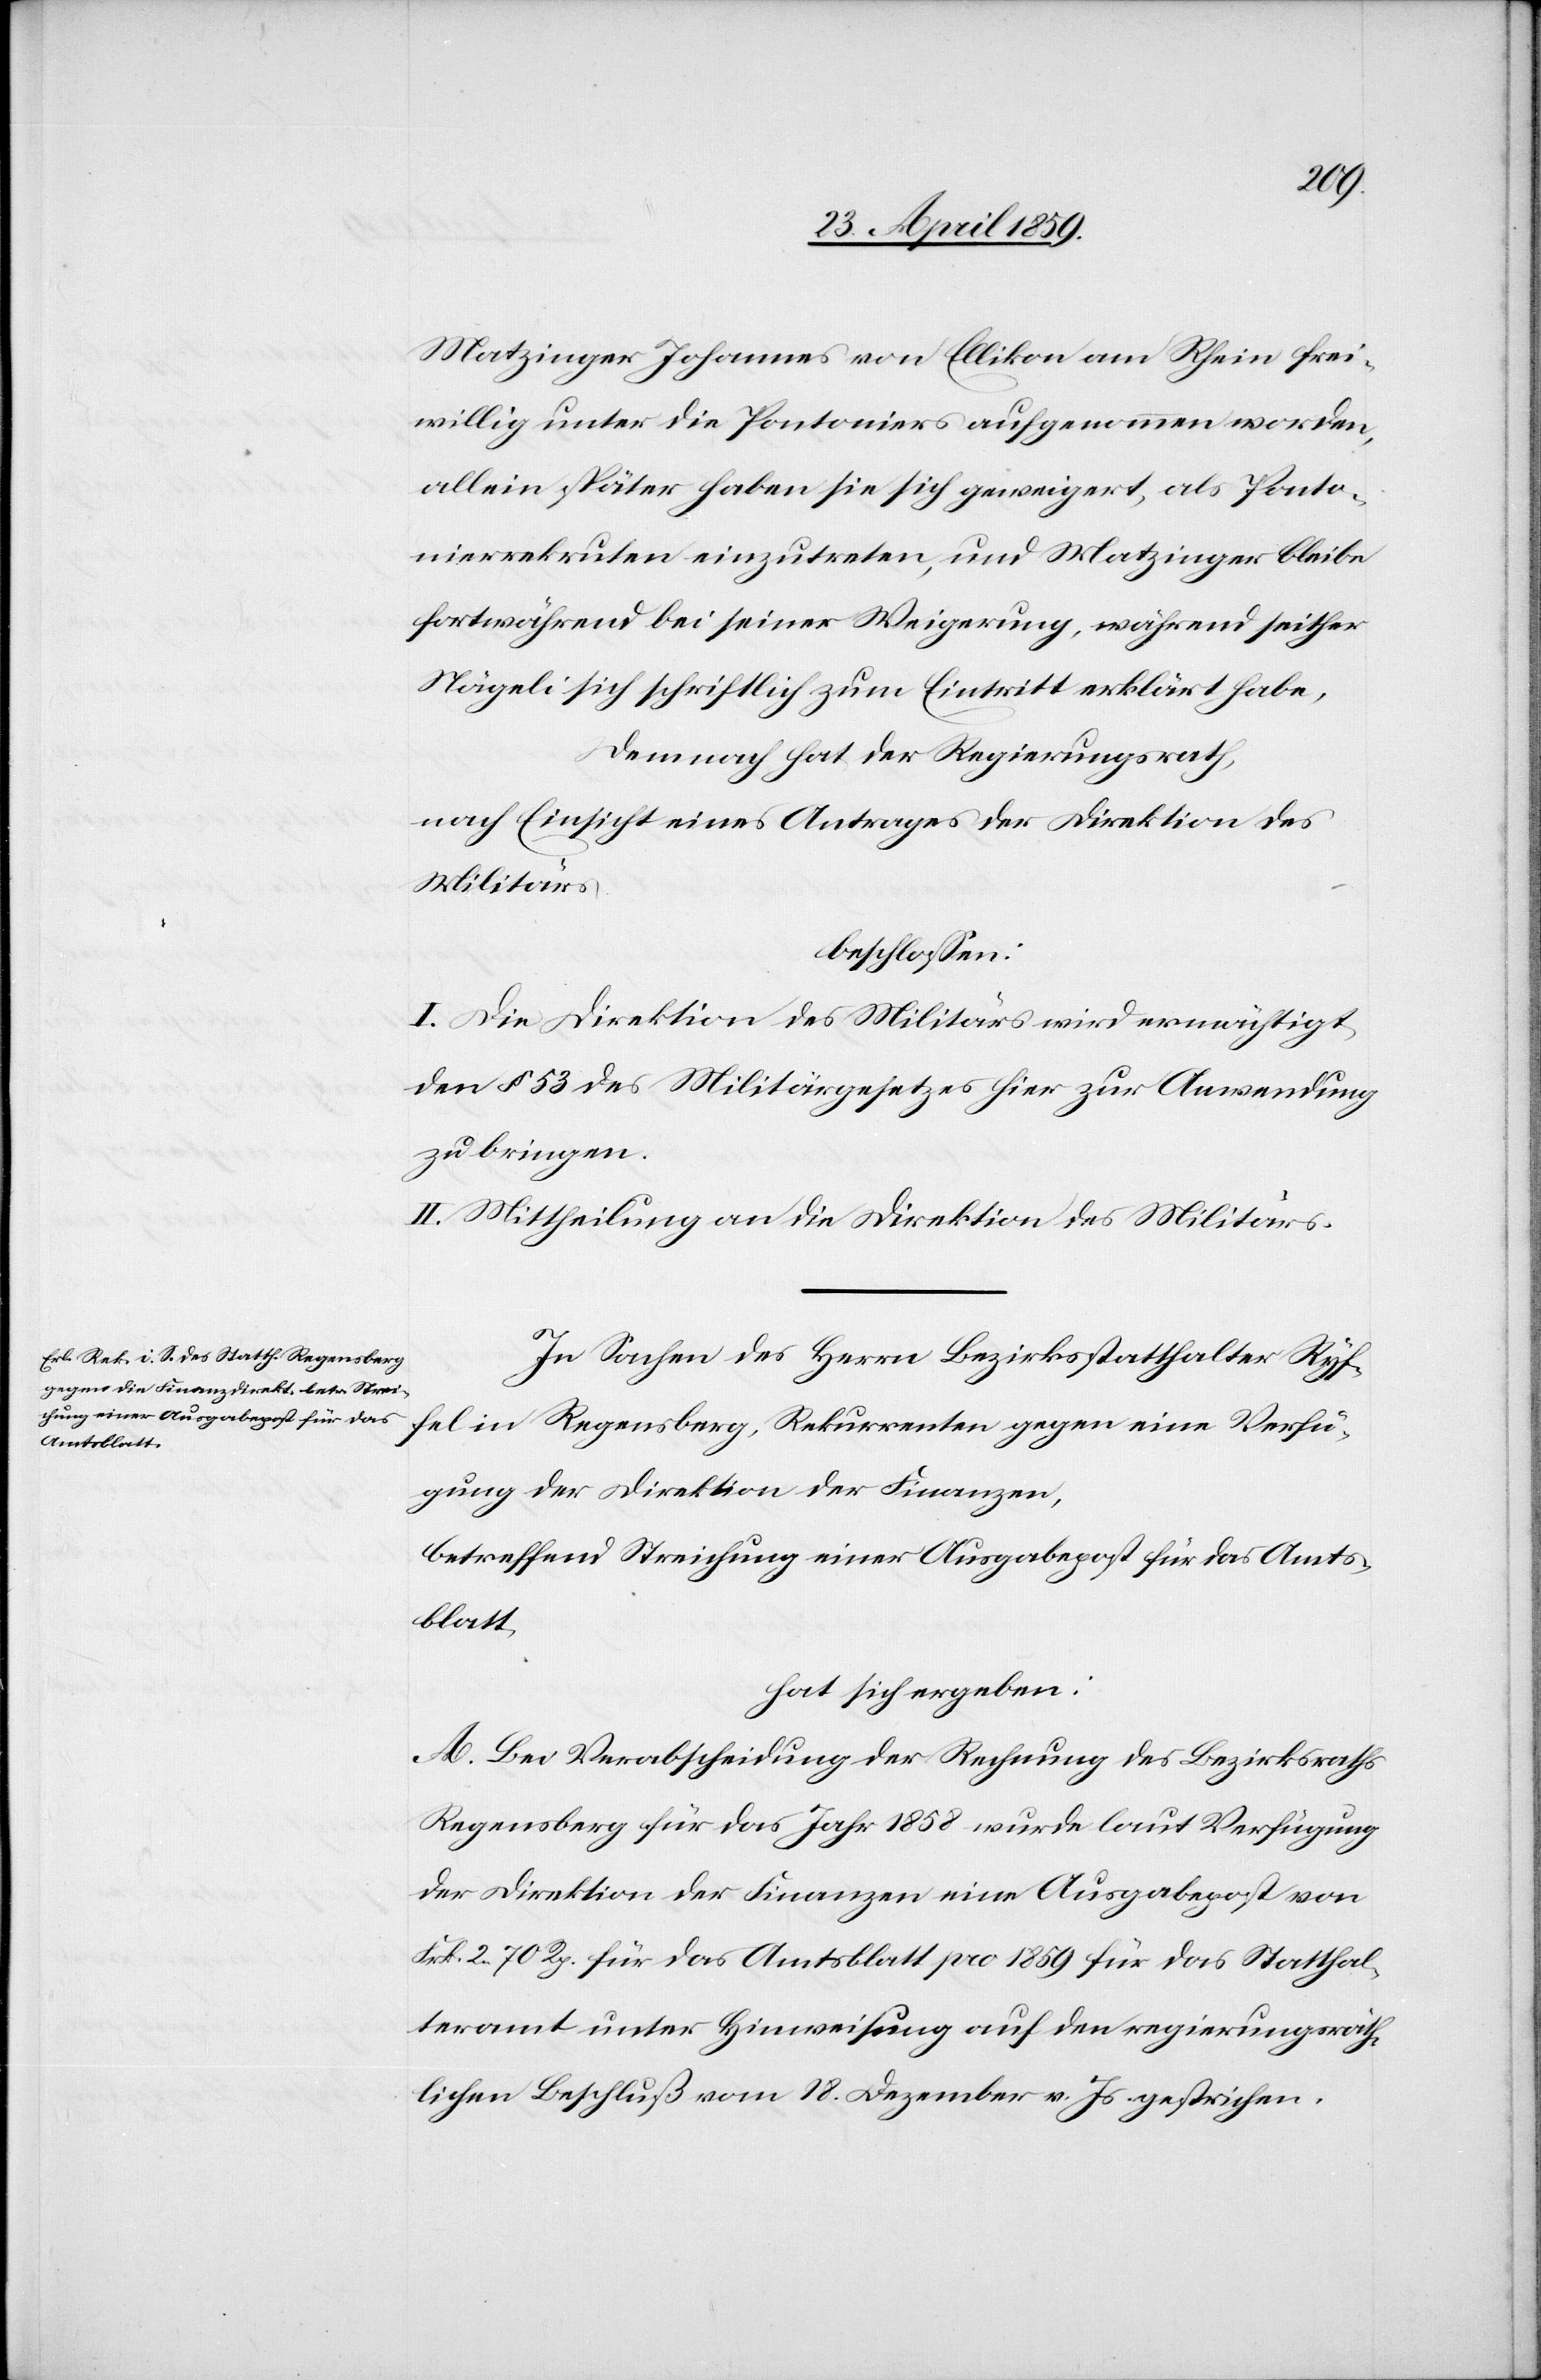
Matzinger Johannes von Ellikon am Rhein frei¬
willig unter die Pontoniers aufgenommen worden,
allein später haben sie sich geweigert, als Ponto¬
nierrekruten einzutreten, und Matzinger bleibe
fortwährend bei seiner Weigerung, während seither
Nägeli sich schriftlich zum Eintritt erklärt habe,
Demnach hat der Regierungsrath,
nach Einsicht eines Antrages der Direktion des
Militärs
beschloßen:
I. Die Direktion des Militärs wird ermächtigt,
den § 53 des Militärgesetzes hier zur Anwendung
zu bringen.
II. Mittheilung an die Direktion des Militärs.
In Sachen des Herrn Bezirksstatthalter Ryf¬
fel in Regensberg, Rekurrenten gegen eine Verfü¬
gung der Direktion der Finanzen,
betreffend Streichung einer Ausgabepost für das Amts¬
blatt
hat sich ergeben:
A. Bei Verabscheidung der Rechnung des Bezirksraths
Regensberg für das Jahr 1858 wurde laut Verfügung
der Direktion der Finanzen eine Ausgabepost von
Frk. 2. 70 Rp. für das Amtsblatt pro 1859 für das Statthal¬
teramt unter Hinweisung auf den regierungsräth¬
lichen Beschluß vom 18. Dezember v. Js. gestrichen.